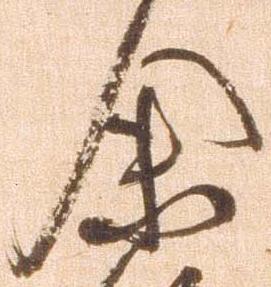
余